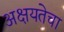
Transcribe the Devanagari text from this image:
अक्षयतेचा